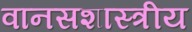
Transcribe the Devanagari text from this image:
वानसशास्त्रीय